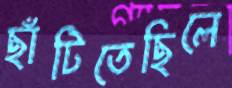
ছাঁটিতেছিলে